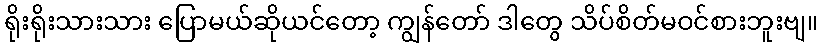
ရိုးရိုးသားသား ပြောမယ်ဆိုယင်တော့ ကျွန်တော် ဒါတွေ သိပ်စိတ်မဝင်စားဘူးဗျ။